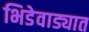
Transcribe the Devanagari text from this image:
भिडेवाड्यात